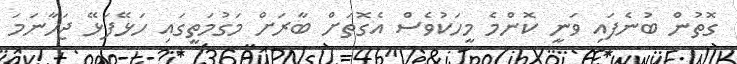
ގޮތުން ބުނެފައި ވަނީ ކޮންމެ މީހަކުވެސް އެގޮތަށް ބާރަށް މަގުމަތީގައި ހަޅޭފަޅޭ ޖަހާނަމަ